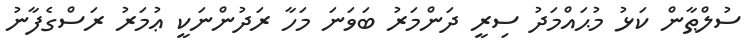
ސުލްޠާން ކަޅު މުޙައްމަދު ސިރީ ދަންމަރު ބަވަނަ މަހާ ރަދުންނަކީ ޢުމަރު ރަސްގެފާނު